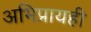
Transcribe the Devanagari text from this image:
अभिप्रायही